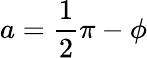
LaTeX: a={\frac{1}{2}}\pi-\phi